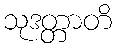
သုဒတ္တာတိ